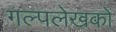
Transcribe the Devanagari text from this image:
गल्पलेखकों